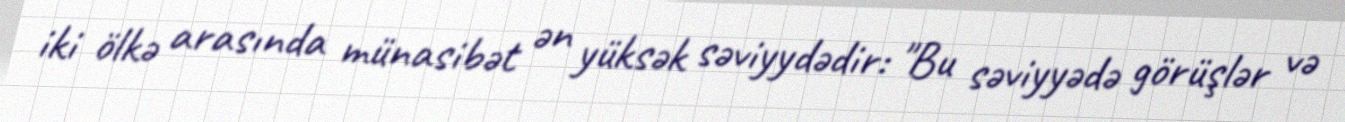
iki ölkə arasında münasibət ən yüksək səviyydədir: "Bu səviyyədə görüşlər və